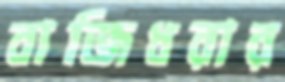
বাজিধরার